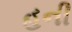
હની